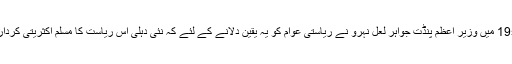
1947 میں جموں وکشمیر کا الحاق ہندوستان کے ساتھ ہوا تو اسکے چند سال بعد 1954 میں وزیر اعظم پنڈت جواہر لعل نہرو نے ریاستی عوام کو یہ یقین دلانے کے لئے کہ نئی دہلی اس ریاست کا مسلم اکثریتی کردار ختم نہیں کرنا چاہتی ہے اور نہ ہی اس ریاست کی ڈیموگرافی تبدیل کرنا چاہتی ہے۔